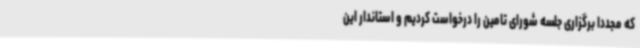
که مجددا برگزاری جلسه شورای تامین را درخواست کردیم و استاندار این